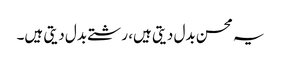
یہ محسن بدل دیتی ہیں، رشتے بدل دیتی ہیں۔